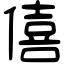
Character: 僖